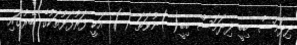
ދިދަމަސް ބިބީ ދިދަމަސް ބިބީ( )ނުވަތަ ( ) އަކީ ފަރުފަޅުތަކުގެ ބޭރުގައި